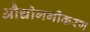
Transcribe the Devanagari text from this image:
औद्योगगीकरण